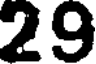
29